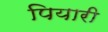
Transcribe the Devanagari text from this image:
पियारी